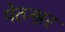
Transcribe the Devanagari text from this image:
पेत्ज्श्नर